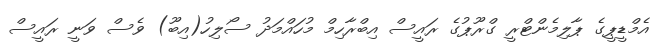
އެމްޑީޕީގެ ޕާލިމެންޓްރީ ގްރޫޕުގެ ރައީސް އިބްރާހިމް މުހައްމަދު ސޯލިހު(އިބޫ) ވެސް ވަނީ ރައީސް